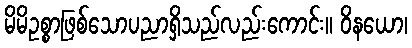
မိမိဥစ္စာဖြစ်သောပညာရှိသည်လည်းကောင်း။ ဝိနယော၊